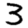
Digit: 3